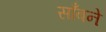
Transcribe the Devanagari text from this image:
साँबने